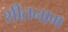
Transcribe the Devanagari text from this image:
शीतनाग